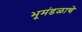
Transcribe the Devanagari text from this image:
भूमंडळाचे